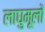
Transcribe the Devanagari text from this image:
लाघुमूलों